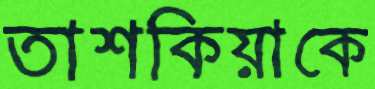
তাশকিয়াকে